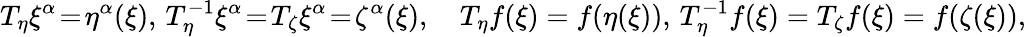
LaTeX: T_{\eta}\xi^{\alpha}\! =\! \eta^{\alpha}(\xi),\, T_{\eta}^{-1}\xi^{\alpha}\! =\! T_{\zeta}\xi^{\alpha}\! =\! \zeta^{\alpha}(\xi),\quad T_{\eta}f(\xi)=f(\eta(\xi)),\, T_{\eta}^{-1}f(\xi)=T_{\zeta}f(\xi)=f(\zeta(\xi)),